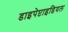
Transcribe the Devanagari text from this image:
डाइपेप्टाइडियल